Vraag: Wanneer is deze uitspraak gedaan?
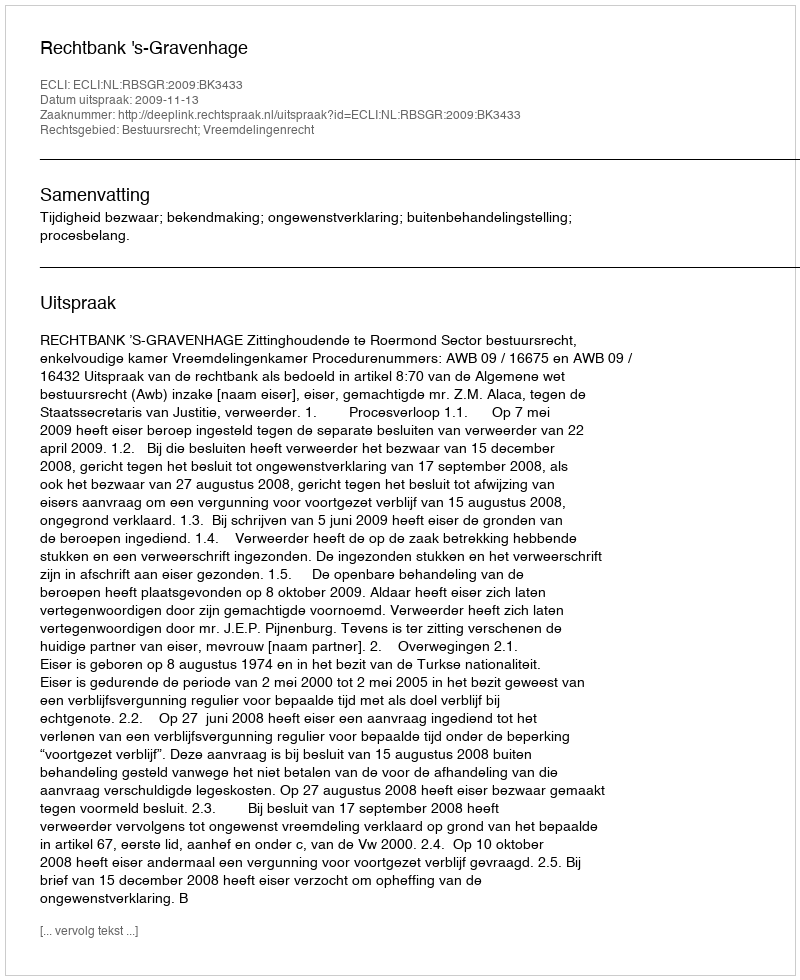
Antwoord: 2009-11-13